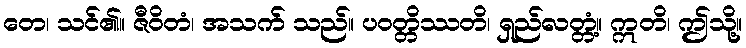
တေ၊ သင်၏။ ဇီဝိတံ၊ အသက် သည်။ ပဝတ္တိဿတိ၊ ရှည်လတ္တံ့။ ဣတိ၊ ဤသို့။